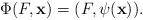
LaTeX: \begin{align*}\Phi(F,{\bf x}) = (F,\psi({\bf x})).\end{align*}